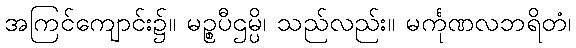
အကြင်ကျောင်း၌။ မဉ္စပီဌမ္ပိ၊ သည်လည်း။ မင်္ကုဏလဘရိတံ၊